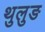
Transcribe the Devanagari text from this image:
थुलुङ